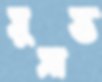
সুসান্ত